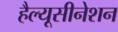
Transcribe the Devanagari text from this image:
हैल्यूसीनेशन